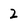
Character: 2